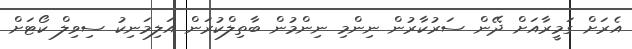
އެރަށް ގަމީރާއަށް ދޭން ސަރުކާރުން ނިންމި ނިންމުން ބާތިލްކުރަން އަލިމަނިކު ސިވިލް ކޯޓަށް